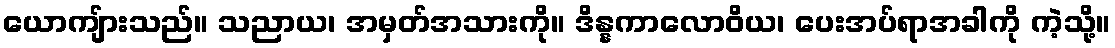
ယောကျ်ားသည်။ သညာယ၊ အမှတ်အသားကို။ ဒိန္နကာလောဝိယ၊ ပေးအပ်ရာအခါကို ကဲ့သို့။